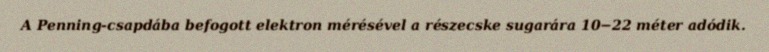
A Penning-csapdába befogott elektron mérésével a részecske sugarára 10−22 méter adódik.